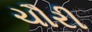
ચૌરી